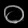
Digit: ၀